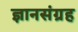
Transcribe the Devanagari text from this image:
ज्ञानसंग्रह